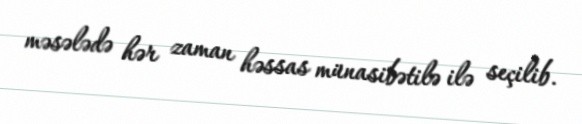
məsələdə hər zaman həssas münasibətilə ilə seçilib.